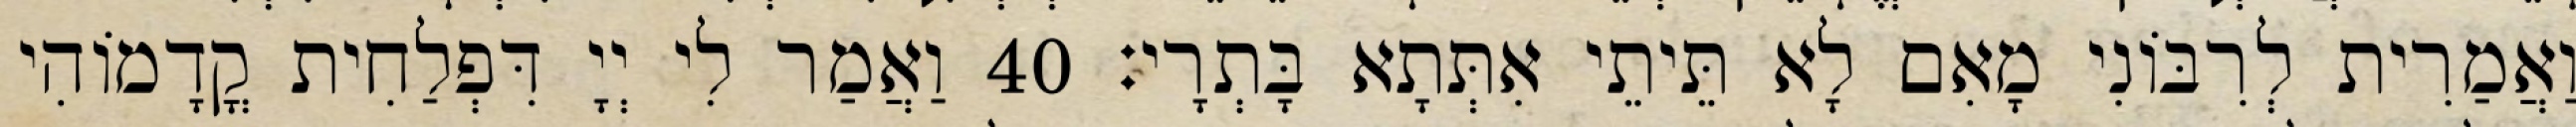
וַאֲמַרִית לְרִבּוֹנִי מָאִם לָא תֵּיתֵי אִתְּתָא בָּתְרָי׃ 40 וַאֲמַר לִי יְיָ דִּפְלַחִית קֳדָמוֹהִי